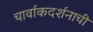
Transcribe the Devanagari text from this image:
चार्वाकदर्शनाची